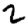
Digit: 2